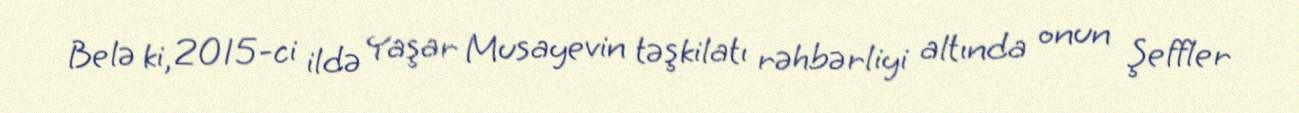
Belə ki, 2015-ci ildə Yaşar Musayevin təşkilatı rəhbərliyi altında onun Şeffler